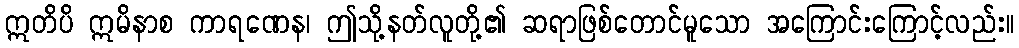
ဣတိပိ ဣမိနာစ ကာရဏေန၊ ဤသို့နတ်လူတို့၏ ဆရာဖြစ်တောင်မူသော အကြောင်းကြောင့်လည်း။